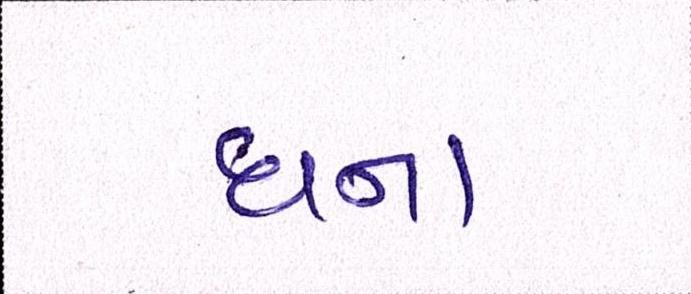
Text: ઘના